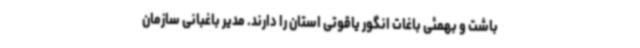
باشت و بهمئی باغات انگور یاقوتی استان را دارند. مدیر باغبانی سازمان